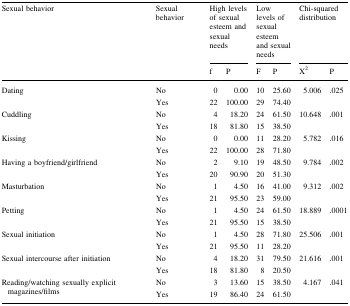
<table><thead><tr><td rowspan="2"><b>Sexual behavior</b></td><td rowspan="2"><b>Sexual behavior</b></td><td colspan="2"><b>High levels of sexual esteem and sexual needs</b></td><td colspan="2"><b>Low levels of sexual esteem and sexual needs</b></td><td colspan="2"><b>Chi-squared distribution</b></td></tr><tr><td><b>f</b></td><td><b>P</b></td><td><b>F</b></td><td><b>P</b></td><td><b>X<sup>2</sup></b></td><td><b>P</b></td></tr></thead><tbody><tr><td rowspan="2">Dating</td><td>No</td><td>0</td><td>0.00</td><td>10</td><td>25.60</td><td>5.006</td><td>.025</td></tr><tr><td>Yes</td><td>22</td><td>100.00</td><td>29</td><td>74.40</td><td></td><td></td></tr><tr><td rowspan="2">Cuddling</td><td>No</td><td>4</td><td>18.20</td><td>24</td><td>61.50</td><td>10.648</td><td>.001</td></tr><tr><td>Yes</td><td>18</td><td>81.80</td><td>15</td><td>38.50</td><td></td><td></td></tr><tr><td rowspan="2">Kissing</td><td>No</td><td>0</td><td>0.00</td><td>11</td><td>28.20</td><td>5.782</td><td>.016</td></tr><tr><td>Yes</td><td>22</td><td>100.00</td><td>28</td><td>71.80</td><td></td><td></td></tr><tr><td rowspan="2">Having a boyfriend/girlfriend</td><td>No</td><td>2</td><td>9.10</td><td>19</td><td>48.50</td><td>9.784</td><td>.002</td></tr><tr><td>Yes</td><td>20</td><td>90.90</td><td>20</td><td>51.30</td><td></td><td></td></tr><tr><td rowspan="2">Masturbation</td><td>No</td><td>1</td><td>4.50</td><td>16</td><td>41.00</td><td>9.312</td><td>.002</td></tr><tr><td>Yes</td><td>21</td><td>95.50</td><td>23</td><td>59.00</td><td></td><td></td></tr><tr><td rowspan="2">Petting</td><td>No</td><td>1</td><td>4.50</td><td>24</td><td>61.50</td><td>18.889</td><td>.0001</td></tr><tr><td>Yes</td><td>21</td><td>95.50</td><td>15</td><td>38.50</td><td></td><td></td></tr><tr><td rowspan="2">Sexual initiation</td><td>No</td><td>1</td><td>4.50</td><td>28</td><td>71.80</td><td>25.506</td><td>.001</td></tr><tr><td>Yes</td><td>21</td><td>95.50</td><td>11</td><td>28.20</td><td></td><td></td></tr><tr><td rowspan="2">Sexual intercourse after initiation</td><td>No</td><td>4</td><td>18.20</td><td>31</td><td>79.50</td><td>21.616</td><td>.001</td></tr><tr><td>Yes</td><td>18</td><td>81.80</td><td>8</td><td>20.50</td><td></td><td></td></tr><tr><td rowspan="2">Reading/watching sexually explicit magazines/films</td><td>No</td><td>3</td><td>13.60</td><td>15</td><td>38.50</td><td>4.167</td><td>.041</td></tr><tr><td>Yes</td><td>19</td><td>86.40</td><td>24</td><td>61.50</td><td></td><td></td></tr></tbody></table>